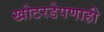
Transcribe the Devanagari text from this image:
खोटरडेपणाही